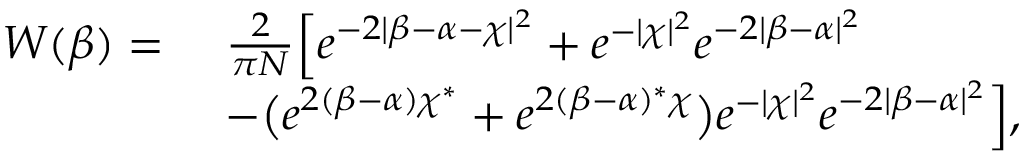
\begin{array} { r l } { W ( \beta ) = \ } & { \frac { 2 } { \pi N } \Big [ e ^ { - 2 \lvert \beta - \alpha - \chi \rvert ^ { 2 } } + e ^ { - \lvert \chi \rvert ^ { 2 } } e ^ { - 2 \lvert \beta - \alpha \rvert ^ { 2 } } } \\ & { - \big ( e ^ { 2 ( \beta - \alpha ) \chi ^ { * } } + e ^ { 2 ( \beta - \alpha ) ^ { * } \chi } \big ) e ^ { - \lvert \chi \rvert ^ { 2 } } e ^ { - 2 \lvert \beta - \alpha \rvert ^ { 2 } } \Big ] , } \end{array}